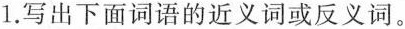
1.写出下面词语的近义词或反义词。